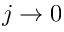
j \rightarrow 0